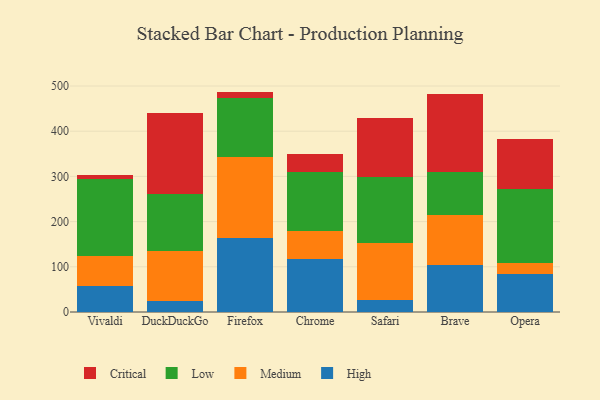
{"axis": {"x": "Browser", "y": "Latency (ms)"}, "legend": ["Critical", "High", "Low", "Medium"], "data": [{"x": "Vivaldi", "y": 56.6, "type": "High"}, {"x": "Vivaldi", "y": 66.6, "type": "Medium"}, {"x": "Vivaldi", "y": 171.3, "type": "Low"}, {"x": "Vivaldi", "y": 9.7, "type": "Critical"}, {"x": "DuckDuckGo", "y": 24.3, "type": "High"}, {"x": "DuckDuckGo", "y": 110.6, "type": "Medium"}, {"x": "DuckDuckGo", "y": 126.0, "type": "Low"}, {"x": "DuckDuckGo", "y": 178.4, "type": "Critical"}, {"x": "Firefox", "y": 164.1, "type": "High"}, {"x": "Firefox", "y": 177.8, "type": "Medium"}, {"x": "Firefox", "y": 130.9, "type": "Low"}, {"x": "Firefox", "y": 14.8, "type": "Critical"}, {"x": "Chrome", "y": 116.8, "type": "High"}, {"x": "Chrome", "y": 62.8, "type": "Medium"}, {"x": "Chrome", "y": 131.2, "type": "Low"}, {"x": "Chrome", "y": 38.6, "type": "Critical"}, {"x": "Safari", "y": 25.7, "type": "High"}, {"x": "Safari", "y": 126.7, "type": "Medium"}, {"x": "Safari", "y": 146.3, "type": "Low"}, {"x": "Safari", "y": 130.3, "type": "Critical"}, {"x": "Brave", "y": 104.4, "type": "High"}, {"x": "Brave", "y": 110.8, "type": "Medium"}, {"x": "Brave", "y": 95.6, "type": "Low"}, {"x": "Brave", "y": 172.3, "type": "Critical"}, {"x": "Opera", "y": 84.5, "type": "High"}, {"x": "Opera", "y": 22.9, "type": "Medium"}, {"x": "Opera", "y": 165.5, "type": "Low"}, {"x": "Opera", "y": 109.2, "type": "Critical"}]}